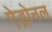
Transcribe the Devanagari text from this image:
ऐड्रोनल